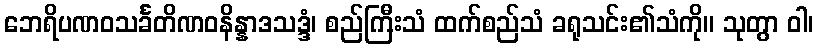
ဘေရိပဏဝသင်္ခတိဏဝနိန္နာဒသဒ္ဒံ၊ စည်ကြီးသံ ထက်စည်သံ ခရုသင်း၏သံကို။ သုတွာ ဝါ၊